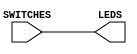
module switch(SWITCHES , LEDS);
    input[3:0] SWITCHES;
    output [3:0] LEDS;
    assign LEDS [3:0] = SWITCHES [3:0];
endmodule